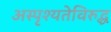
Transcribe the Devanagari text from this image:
अस्पृश्यतेविरुद्ध